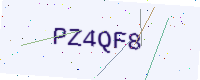
Text: PZ4QF8